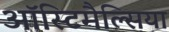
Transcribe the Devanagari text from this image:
ऑस्टिमैल्सिया